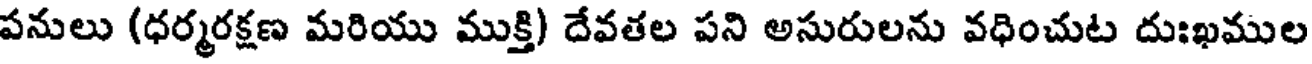
పనులు (ధర్మరక్షణ మరియు ముక్తి) దేవతల పని అసురులను వధించుట దుఃఖముల